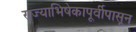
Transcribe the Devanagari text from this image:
राज्याभिषेकापूर्वीपासून